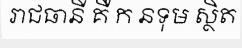
រាជធានី គឺ ក នទុម ស្ថិត